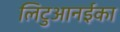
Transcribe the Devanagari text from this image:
लिटुआनईका